Scottish Education Department, 1919
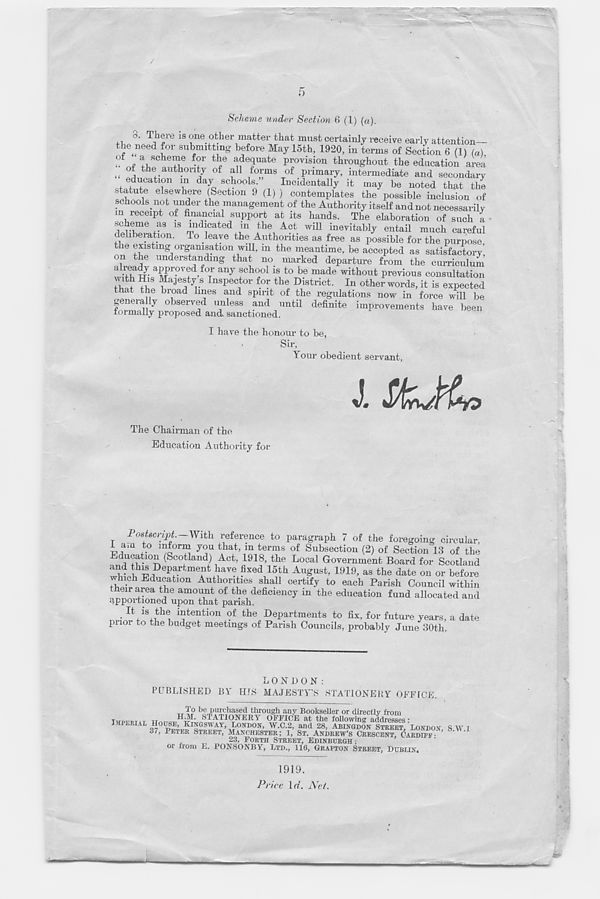
5
Scheme under Section 6 (1) («).
8. There is one other matter that must certainly receive early attention—
the need for submitting before May 15th, 1920, in terms of Section 6 (1) (a)
o
a scheme for the adequate provision throughout the education area
„
th e authority of all forms of primary, intermediate and secondary
. ®, d^atl ?n ln da y schools.
Incidentally it may be noted that the
statute elsewhere (Section 9 (1) ) contemplates the possible inclusion of
schools not under the management of the Authority itself and not necessarily
in receipt of financial support at its hands. The elaboration of such a
scheme as is indicated in the Act will inevitably entail much careful
deliberation. To leave the Authorities as free as possible for the purpose,
the existing organisation will, m the meantime, be accepted as satisfactory,
on the understanding that no marked departure from the curriculum
wit e h a His ai X°p' any f h r 01 I®! t0 T^e made without Previous consultation
i w 5 ^esty s Inspector for the District. In other words, it is expected
that the bioad lines and spirit of the regulations now in force will be
genera ly observed unless and until definite improvements have been
formally proposed and sanctioned.
I have the honour to be,
Sir,
Your obedient servant,
J.
The Chairman of the
Education Authority for
Postscript. With reference to paragraph 7 of the foregoing circular,
1 am to inform you that, in terms of Subsection (2) of Section 13 of the
ducation (Scotland) Act, 1918, the Local Government Board for Scotland
and
? e P? rtme
4
nt have fixed i 15th August, 1919, as the date on or before
which Education Authorities shall certify to each Parish Council within
their area the amount of the deficiency in the education fund allocated and
4pportioned upon that parish.
•
intention of the Departments to fix, for future years, a date
prior to the budget meetings of Parish Councils, probably June 30th.
LONDON:
PUBLISHED BY HJS MAJESTY’S STATIONERY OFFICE.
,, ip be purchased through any Bookseller or directly from
TUPT.-PIIT
STATIONERY OFFICE at the following addresses:
IMPERIAL HOUSE, KINGSWAY, LONDON, W.C.2, and 28, ABINGDON STREET, LONDON, SWI
37, PETER STREET, MANCHESTER; 1, ST. ANDREW’S CRESCENT, CARDIFF-
23, FORTH STREET, EDINBURGH ;
or from E. PONSONBY, LTD., 116, GRAFTON STREET, DUBLIN.
1919.
Price \d. Net.